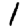
Digit: 1